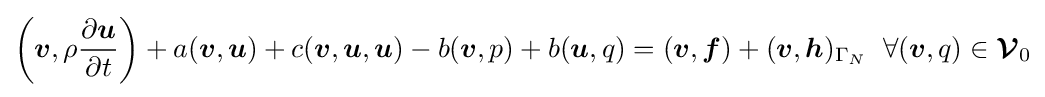
{\begin{aligned}{\bigg (}{\boldsymbol {v}},\rho {\dfrac {\partial {\boldsymbol {u}}}{\partial t}}{\bigg )}+a({\boldsymbol {v}},{\boldsymbol {u}})+c({\boldsymbol {v}},{\boldsymbol {u}},{\boldsymbol {u}})-b({\boldsymbol {v}},p)+b({\boldsymbol {u}},q)=({\boldsymbol {v}},{\boldsymbol {f}})+({\boldsymbol {v}},{\boldsymbol {h}})_{\Gamma _{N}}\;\;\forall ({\boldsymbol {v}},q)\in {\boldsymbol {\mathcal {V}}}_{0}\end{aligned}}